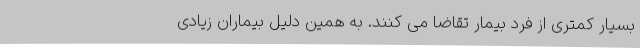
بسیار کمتری از فرد بیمار تقاضا می کنند. به همین دلیل بیماران زیادی